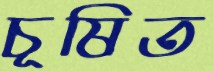
চূষিত